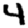
Digit: 4